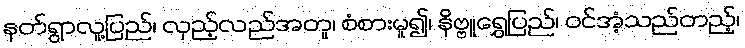
နတ်ရွာလူ့ပြည်၊ လှည့်လည်အတူ၊ စံစားမူ၍၊ နိဗ္ဗူရွှေပြည်၊ ဝင်အံ့သည်တည့်၊